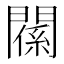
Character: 𨵺